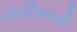
તારીખનો